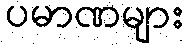
ပမာဏများ